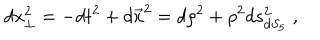
d x _ { \perp } ^ { 2 } = - d t ^ { 2 } + d \vec { x } ^ { 2 } = d \rho ^ { 2 } + \rho ^ { 2 } d s _ { d S _ { 5 } } ^ { 2 } \; ,